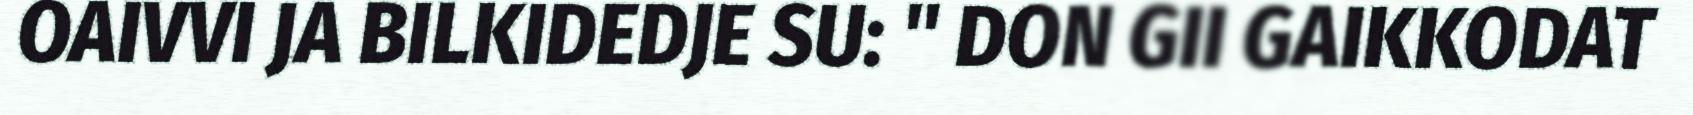
OAIVVI JA BILKIDEDJE SU: " DON GII GAIKKODAT